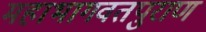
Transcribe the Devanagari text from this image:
महाभागवतपुराण